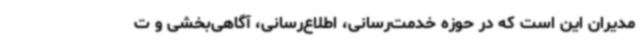
مدیران این است که در حوزه خدمت‌رسانی، اطلاع‌رسانی، آگاهی‌بخشی و ت